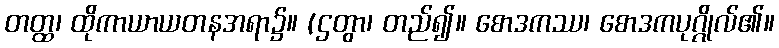
တတ္ထ၊ ထိုကာယာယတနအရာ၌။ (ဌတွာ၊ တည်၍။ စောဒကဿ၊ စောဒကပုဂ္ဂိုလ်၏။